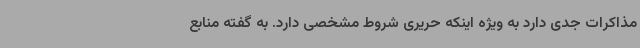
مذاکرات جدی دارد به ویژه اینکه حریری شروط مشخصی دارد. به گفته منابع